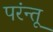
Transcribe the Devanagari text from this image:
परंन्तू